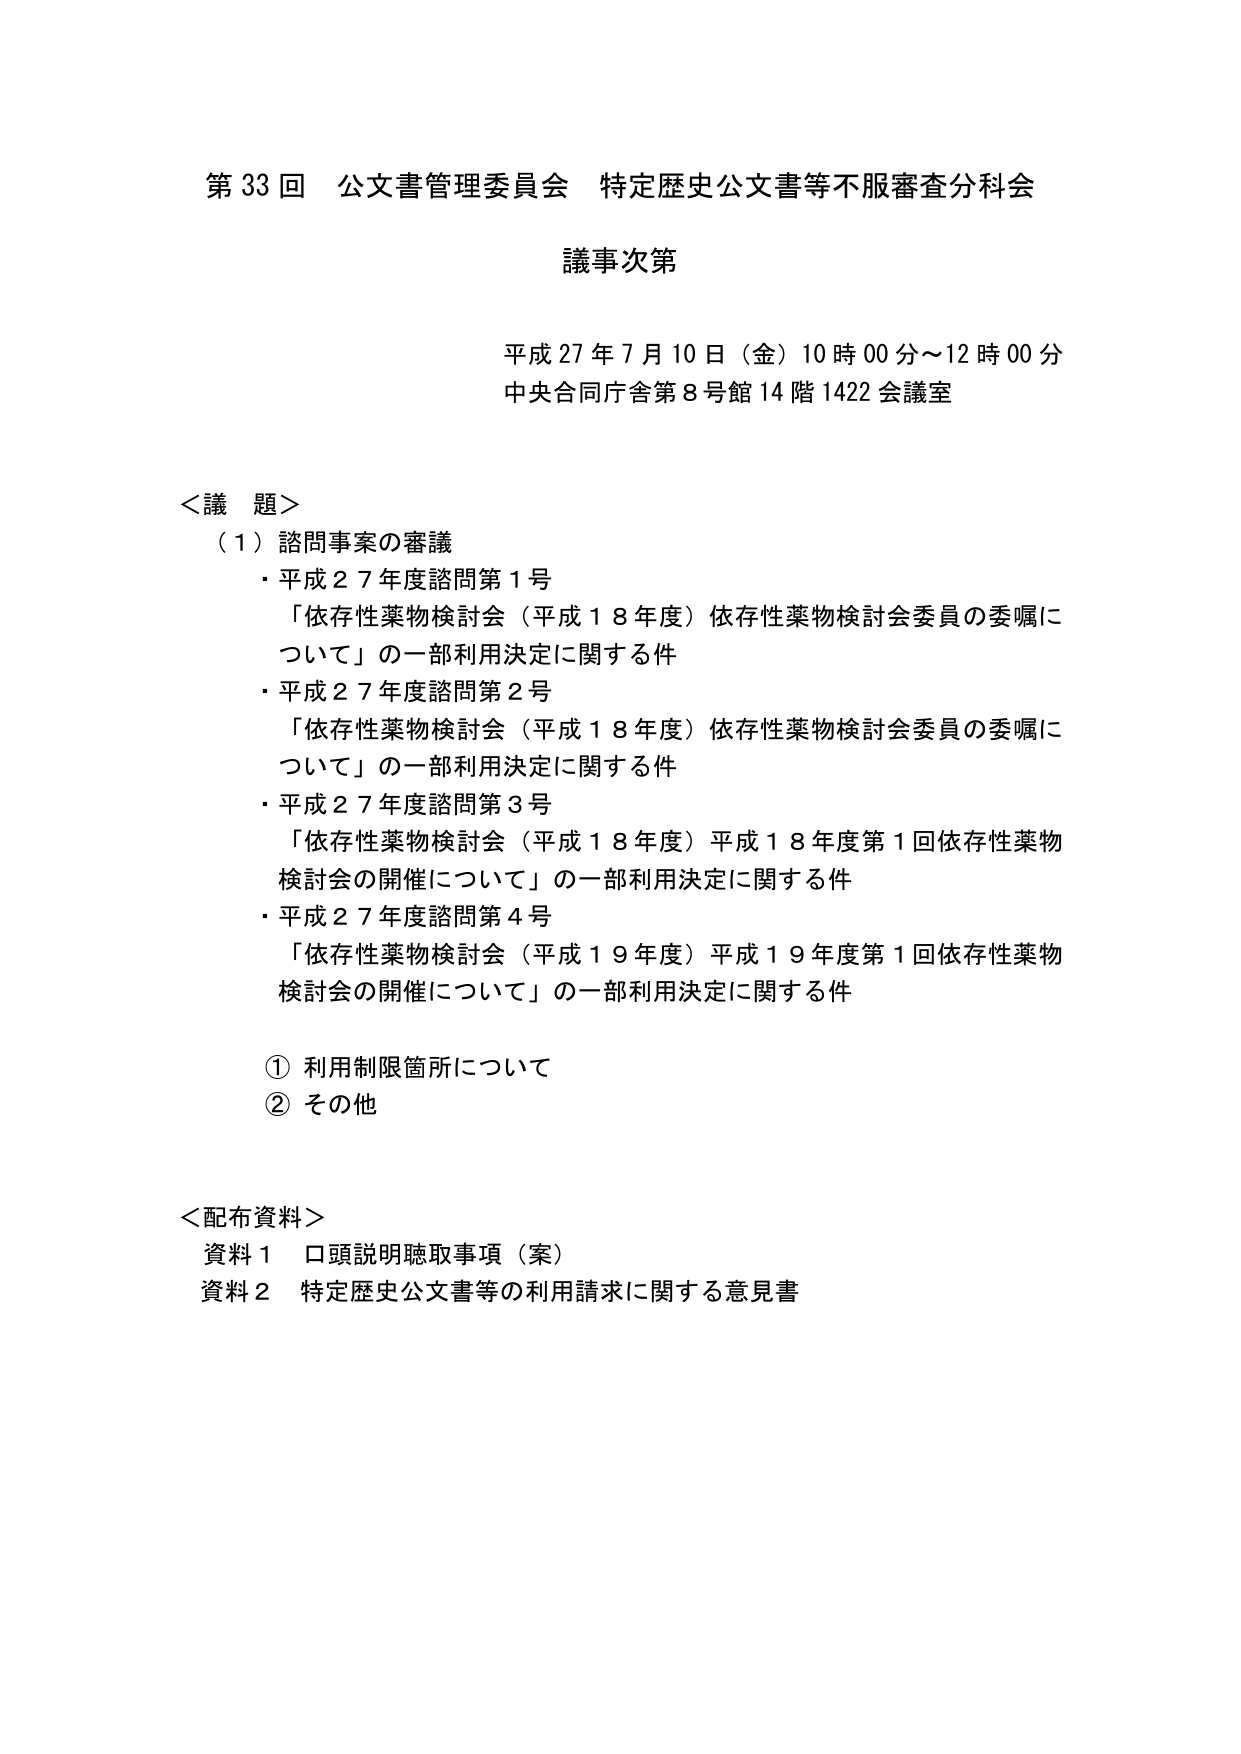
第33回 公文書管理委員会 特定歴史公文書等不服審査分科会
議事次第

平成27年7月10日（金）10時00分～12時00分
中央合同庁舎第8号館14階1422会議室

＜議題＞
（1）諮問事案の審議
・平成27年度諮問第1号
「依存性薬物検討会（平成18年度）依存性薬物検討会委員の委嘱について」の一部利用決定に関する件
・平成27年度諮問第2号
「依存性薬物検討会（平成18年度）依存性薬物検討会委員の委嘱について」の一部利用決定に関する件
・平成27年度諮問第3号
「依存性薬物検討会（平成18年度）平成18年度第1回依存性薬物検討会の開催について」の一部利用決定に関する件
・平成27年度諮問第4号
「依存性薬物検討会（平成19年度）平成19年度第1回依存性薬物検討会の開催について」の一部利用決定に関する件

① 利用制限箇所について
② その他

＜配布資料＞
資料1 口頭説明聴取事項（案）
資料2 特定歴史公文書等の利用請求に関する意見書